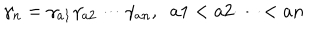
\gamma _ { n } = \gamma _ { a 1 } \gamma _ { a 2 } \cdots \gamma _ { a n } , \; \; a 1 < a 2 \cdots < a n